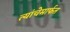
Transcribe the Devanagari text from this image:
त्यांचेमार्फत